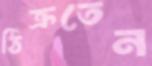
ঠিক্‌রতেন